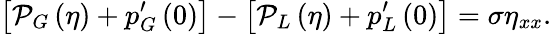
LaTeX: \left[\mathcal{P}_{G}\left(\eta\right)+p_{G}^{\prime}\left(0\right)\right]-\left[\mathcal{P}_{L}\left(\eta\right)+p_{L}^{\prime}\left(0\right)\right]=\sigma\eta_{xx}.